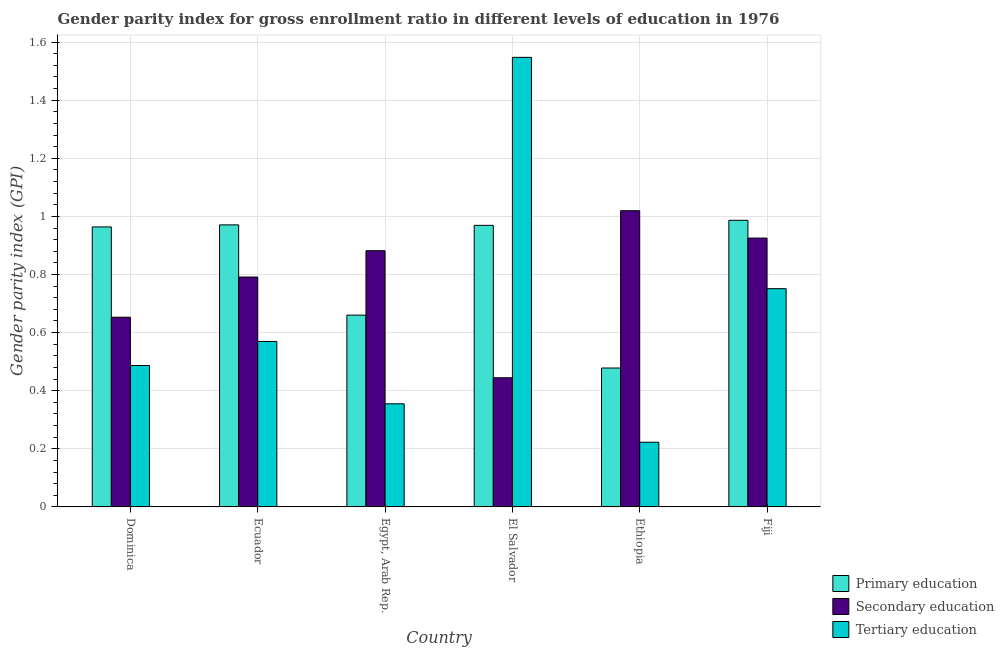
| Country | Primary education | Secondary education | Tertiary education |
 | --- | --- | --- | --- |
 | Dominica | 0.964 | 0.653 | 0.487 |
 | Ecuador | 0.971 | 0.791 | 0.57 |
 | Egypt, Arab Rep. | 0.66 | 0.882 | 0.355 |
 | El Salvador | 0.969 | 0.445 | 1.55 |
 | Ethiopia | 0.478 | 1.02 | 0.223 |
 | Fiji | 0.987 | 0.925 | 0.751 |